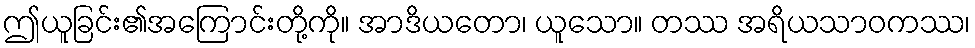
ဤယူခြင်း၏အကြောင်းတို့ကို။ အာဒိယတော၊ ယူသော။ တဿ အရိယသာဝကဿ၊